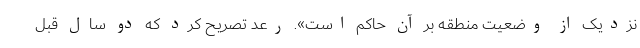
نزدیک از وضعیت منطقه بر آن حاکم است». رعد تصریح کرد که دو سال قبل